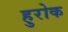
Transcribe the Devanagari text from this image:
हुरोक